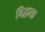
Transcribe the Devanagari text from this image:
विद्वाता